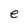
Character: e